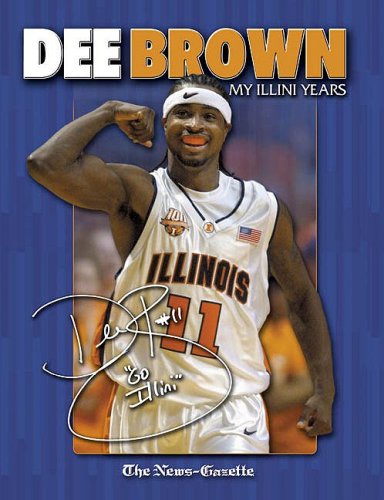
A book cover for Dee Brown: My Illini Years; Sports & Outdoors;